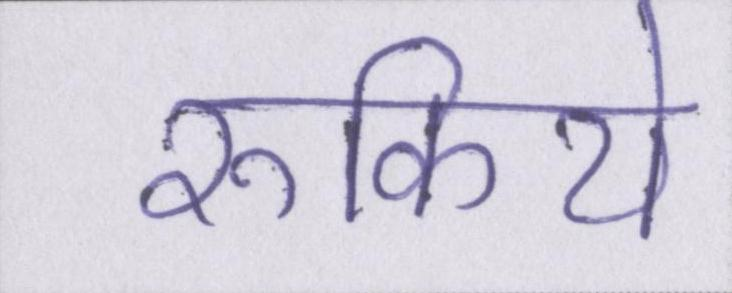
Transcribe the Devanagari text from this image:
रुकिये